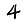
Digit: 4